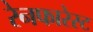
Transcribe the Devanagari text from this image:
रेनफारेस्ट